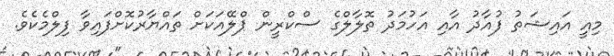
މިއީ އައިޝަތު ފުއާދު އާއި އަހުމަދު ތޮލާލްގެ ސްކްރީން ޕްލޭއަކަށް ތައްޔާރުކޮށްފައިވާ ފިލްމެކެވެ.